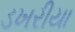
ડખરીયા